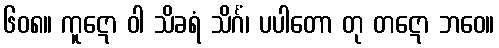
၆၀၈။ ကူဋော ဝါ သိခရံ သိင်္ဂံ၊ ပပါတော တု တဋော ဘဝေ။